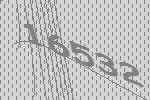
16532